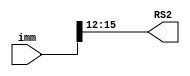
module immToRs2(
	input wire [15:0] imm,
	output reg [3:0] RS2,
	);

	always @*
		begin
			RS2 <= imm[15:12];
		end
endmodule